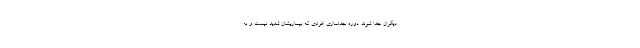
دیگران جدا شوند. دوره جداسازی افرادی که بیماریشان شدید نیست و به